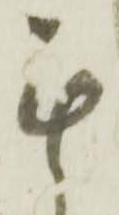
無